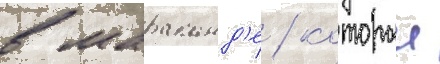
в мараканд'е / которыи